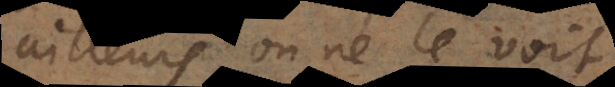
ailleurs on ne le voit